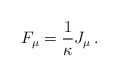
\begin{align*} F_\mu = {1 \over \kappa} J_\mu \, .\end{align*}